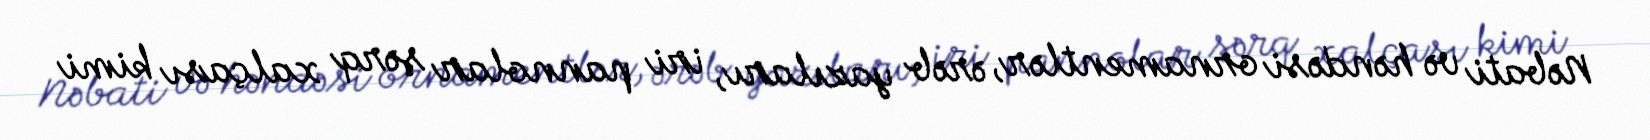
Nəbati və həndəsi ornamentlər, ərəb yazıları, iri pannolar şərq xalçası kimi